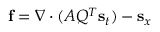
\mathbf { f } = \nabla \cdot ( A Q ^ { T } \mathbf { s } _ { t } ) - \mathbf { s } _ { x }